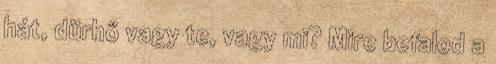
hát, dürhő vagy te, vagy mi? Mire befalod a